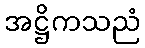
အဋ္ဌိကသညံ